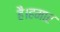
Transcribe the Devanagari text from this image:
है।हमार